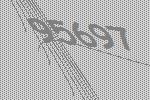
95697